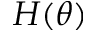
H ( \theta )